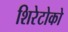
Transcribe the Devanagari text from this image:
शिरेटोको